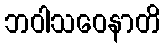
ဘဝါသဝေနာတိ